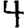
Digit: 4